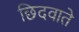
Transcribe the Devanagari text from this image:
छिदवाते